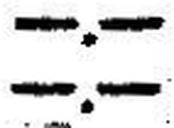
—.—